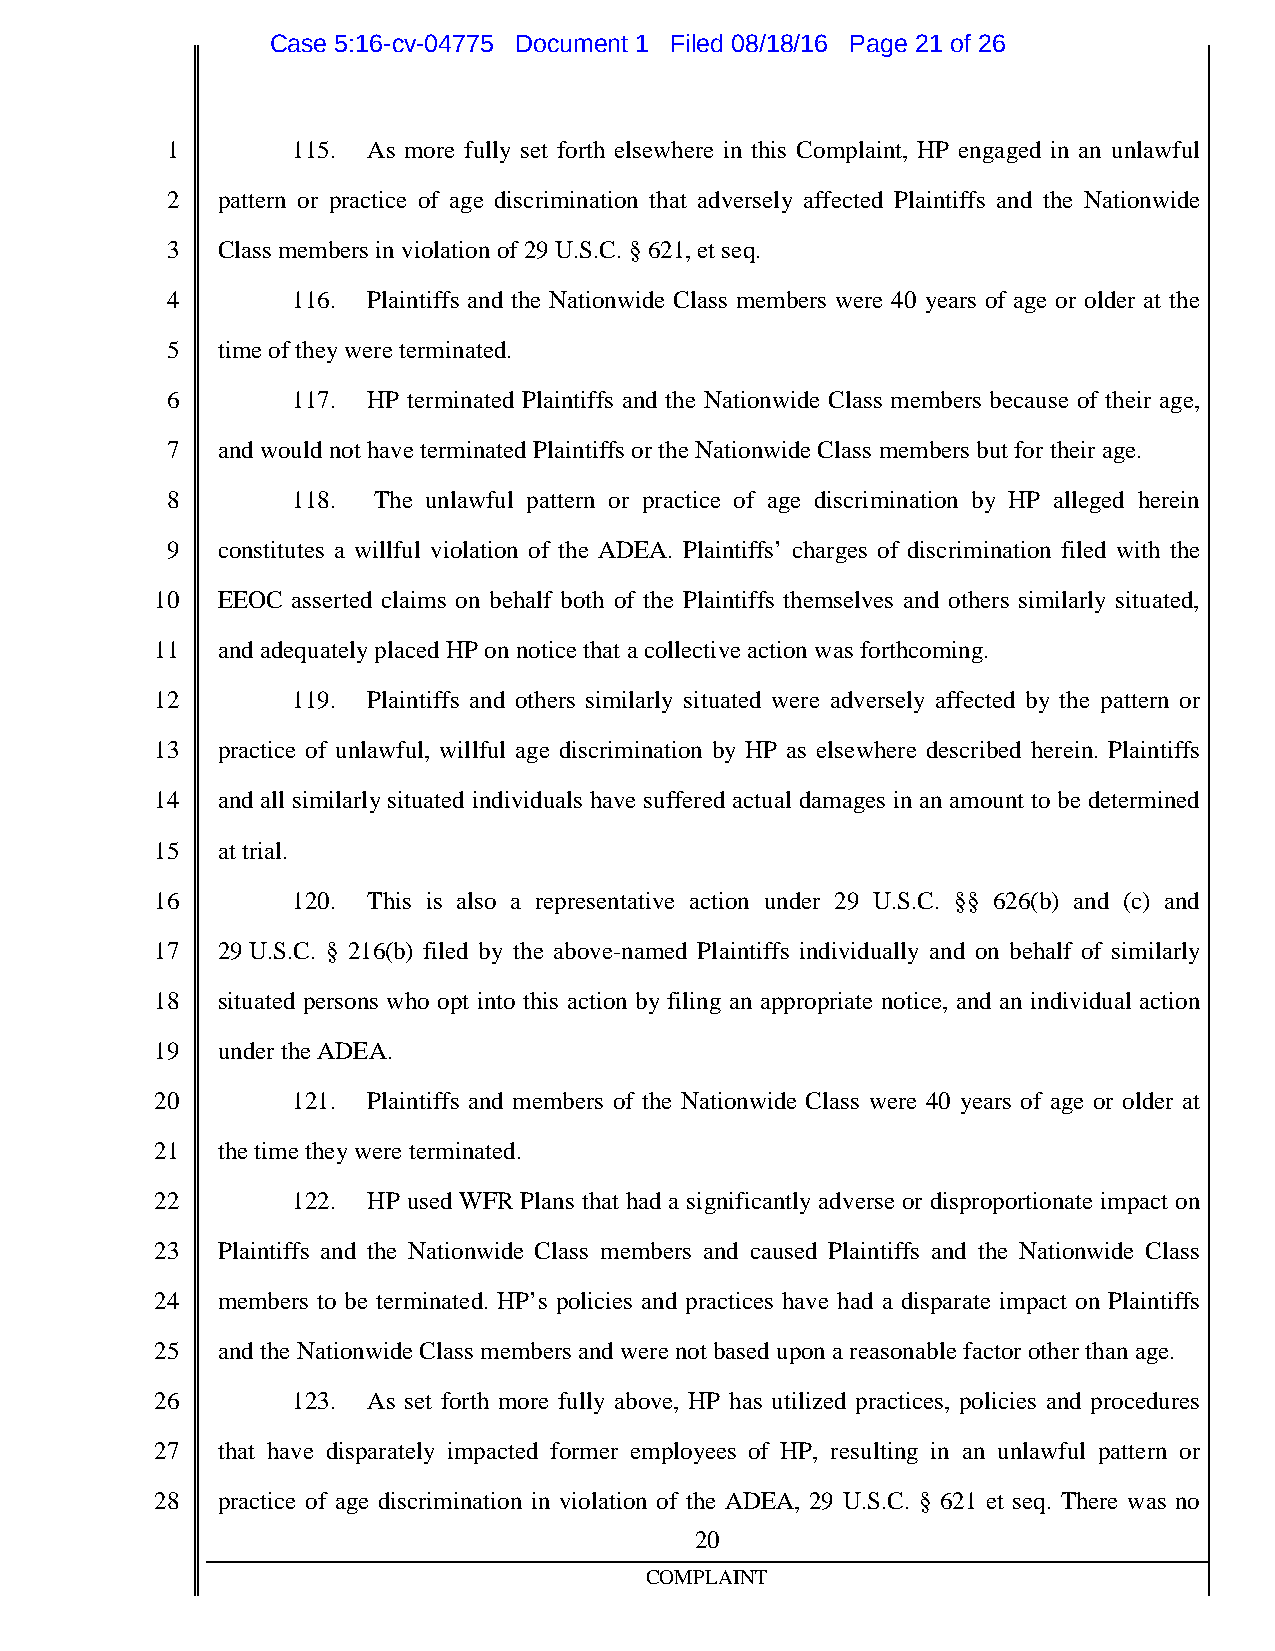
Case 5:16-cv-04775 Document 1 Filed 08/18/16 Page 21 of 26
 1       115. As more fully set forth elsewhere in this Complaint, HP engaged in an unlawful
 2  pattern or practice of age discrimination that adversely affected Plaintiffs and the Nationwide
 3  Class members inviolationof29U.S.C.§621,et seq.
 4       116. Plaintiffs and the Nationwide Class members were 40 years of age or older at the
 5  timeoftheywereterminated.
 6       117. HP terminated Plaintiffs and the Nationwide Class members because of their age,
 7  andwouldnot haveterminatedPlaintiffs ortheNationwideClass members but fortheirage.
 8       118.  The unlawful pattern or practice of age discrimination by HP alleged herein
 9  constitutes a willful violation of the ADEA. Plaintiffs’ charges of discrimination filed with the
 10  EEOC asserted claims on behalf both of the Plaintiffs themselves and others similarly situated,
 11  andadequatelyplaced HP onnoticethat acollectiveactionwas forthcoming.
 12       119. Plaintiffs and others similarly situated were adversely affected by the pattern or
 13  practice of unlawful, willful age discrimination by HP as elsewhere described herein. Plaintiffs
 14  and all similarlysituated individuals have suffered actual damages in an amount to be determined
 15  at trial.
 16       120. This is also a representative action under 29 U.S.C. §§ 626(b) and (c) and
 17  29U.S.C. § 216(b) filed by the above-named Plaintiffs individually and on behalf of similarly
 18  situated persons who opt into this action by filing an appropriate notice, and an individual action
 19  undertheADEA.
 20       121. Plaintiffs and members of the Nationwide Class were 40 years of age or older at
 21  thetimetheywereterminated.
 22       122. HP used WFR Plans that had a significantly adverse or disproportionate impact on
 23  Plaintiffs and the Nationwide Class members and caused Plaintiffs and the Nationwide Class
 24  members to be terminated. HP’s policies and practices have had a disparate impact on Plaintiffs
 25  andtheNationwideClass members andwerenot baseduponareasonable factorotherthanage.
 26       123. As set forth more fully above, HP has utilized practices, policies and procedures
 27  that have disparately impacted former employees of HP, resulting in an unlawful pattern or
 28  practice of age discrimination in violation of the ADEA, 29 U.S.C. § 621 et seq. There was no
 20
 COMPLAINT